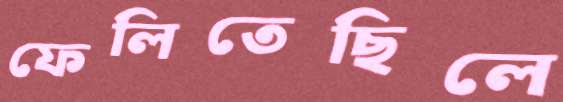
ফেলিতেছিলে